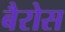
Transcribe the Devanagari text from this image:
बैरोस